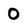
Character: 0